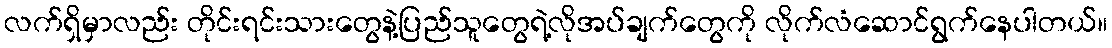
လက်ရှိမှာလည်း တိုင်းရင်းသားတွေနဲ့ပြည်သူတွေရဲ့လိုအပ်ချက်တွေကို လိုက်လံဆောင်ရွက်နေပါတယ်။